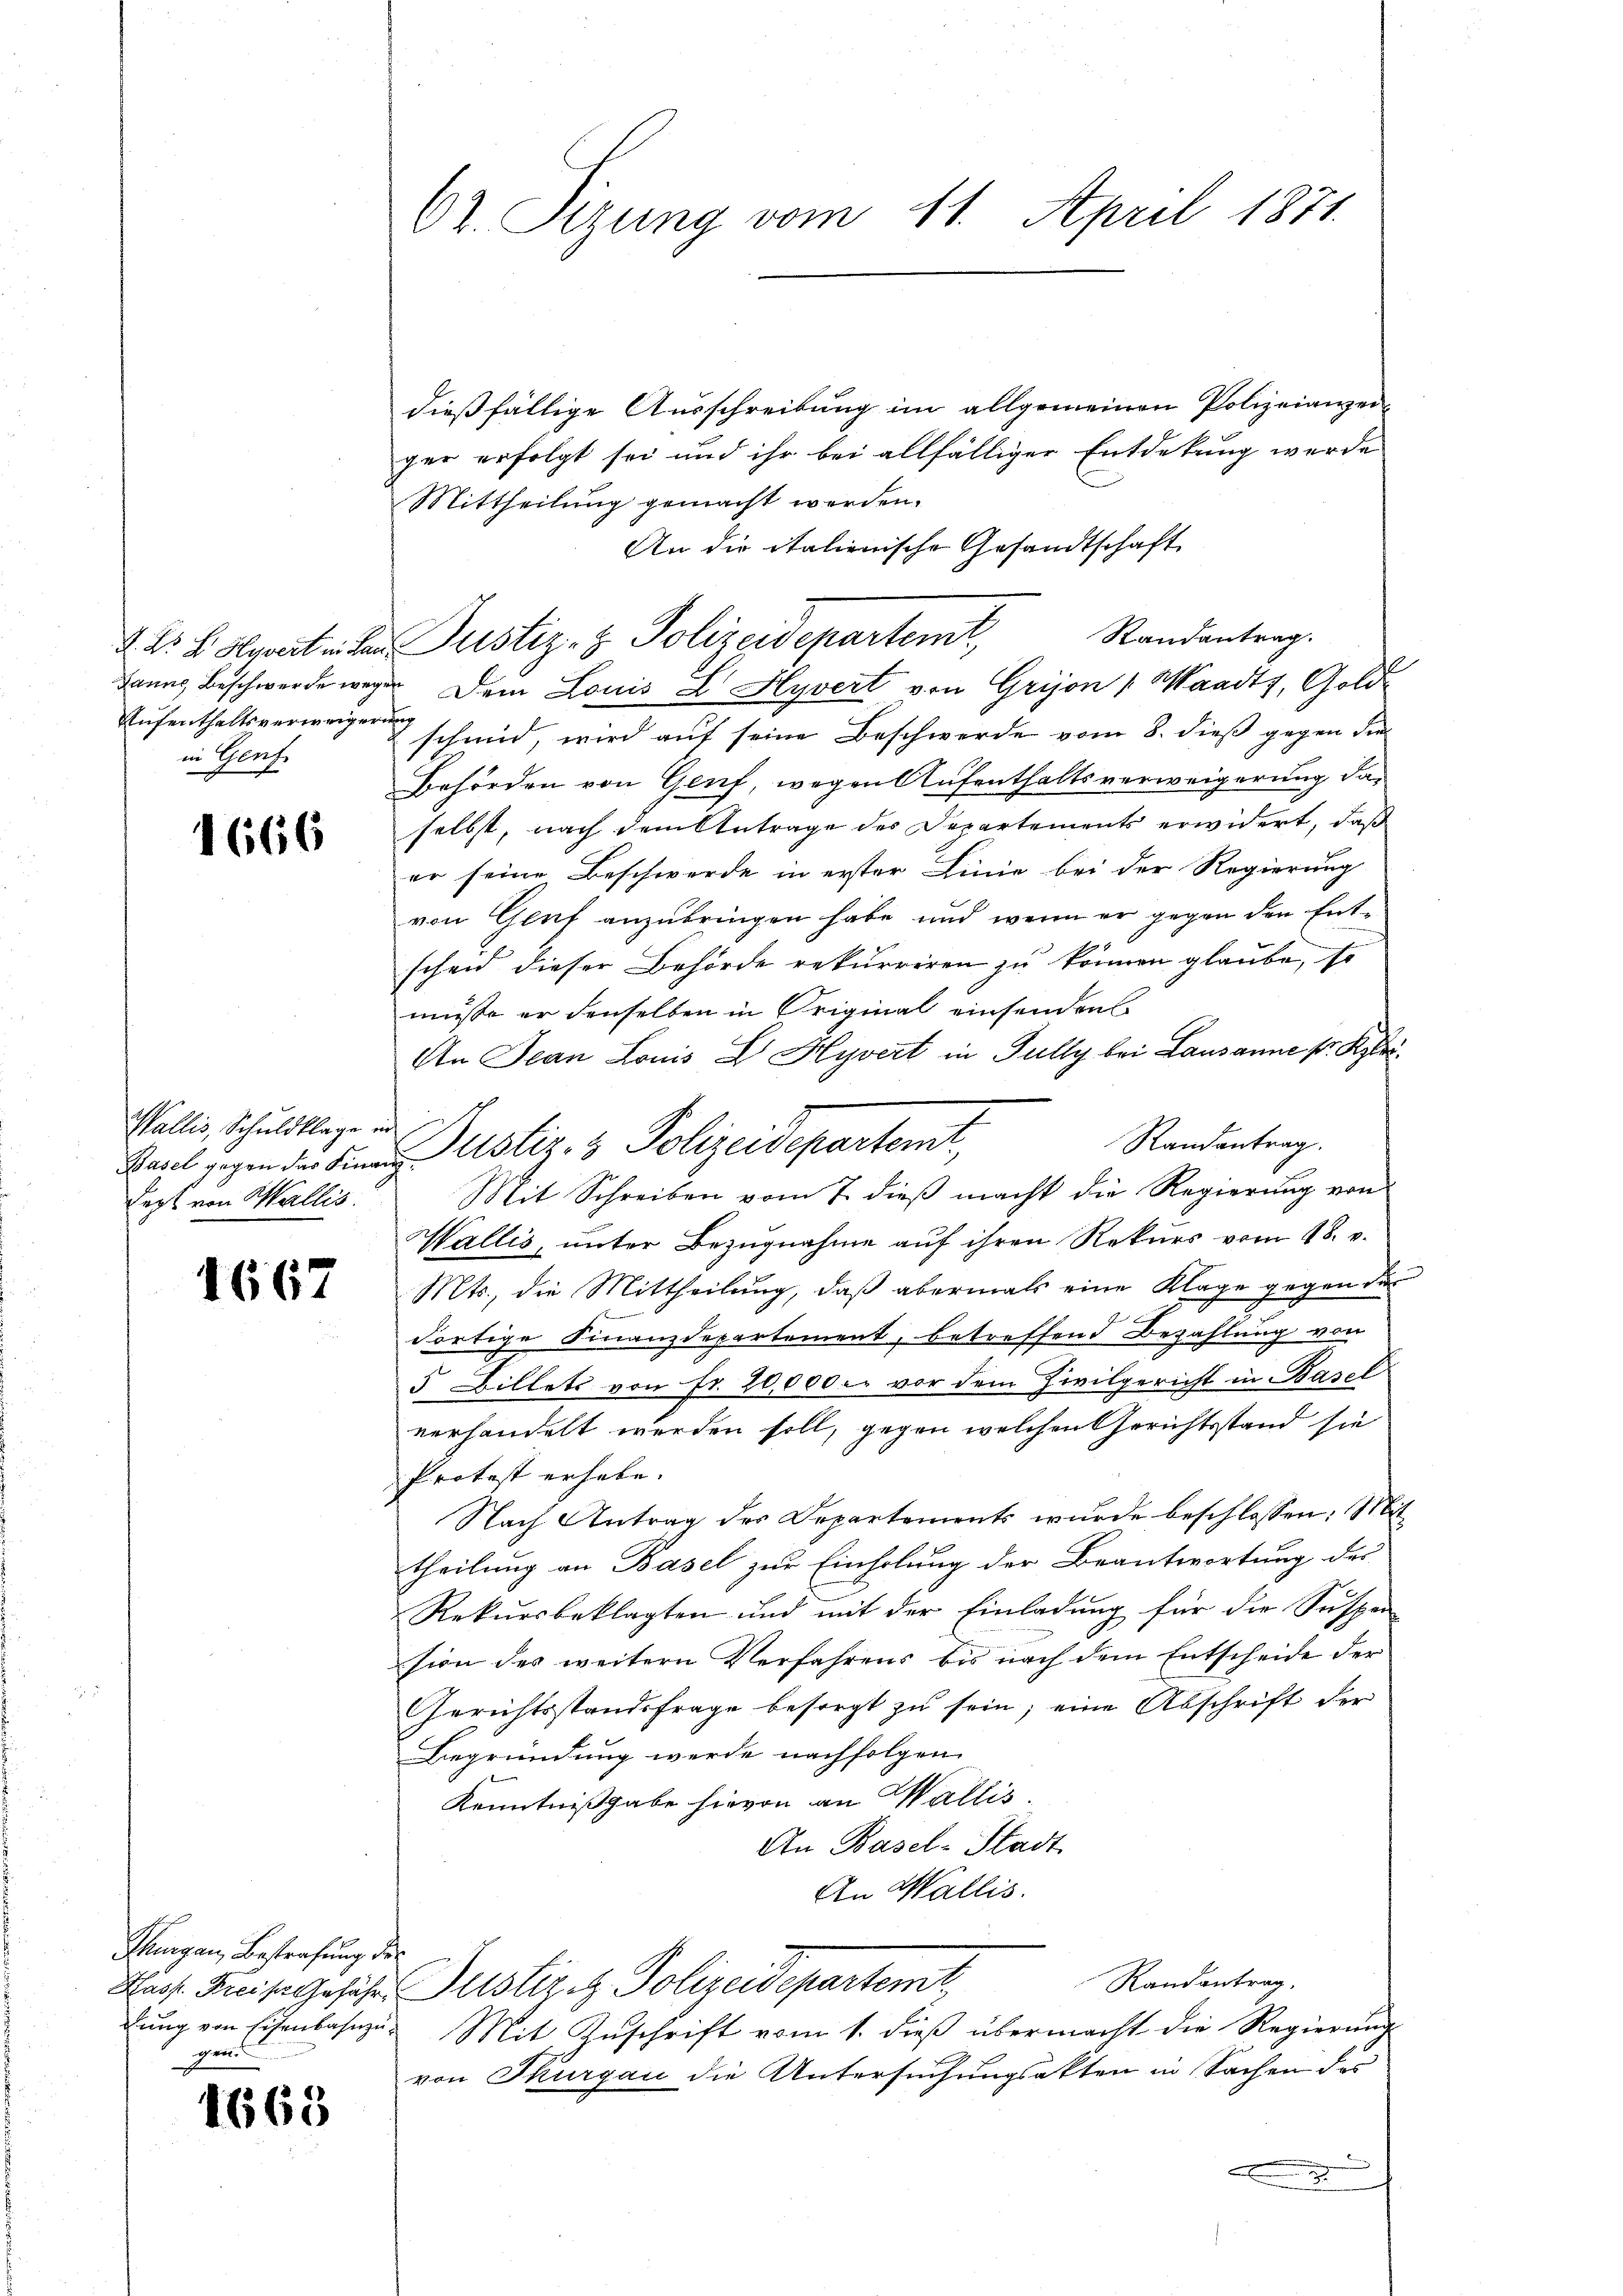
Aufenthaltsverweigerung
in Genf.

1666

Wallis, Schuldklage in
dept von Wallis.

1667

Thurgau, Bestrafung des
gen.

1668

62. Sizung vom 11. April 1871.

dießfällige Ausschreibung im allgemeinen Polizeianzen-
ger erfolgt sei und ihr bei allfälliger Entdekung werde
Mittheilung gemacht werden.
An die italienische Gesandtschaft
kanns Beschwerde wegen Dem Louis L Hyvert von Grijon (Waadt, Gold-
schmid, wird auf seine Beschwerde vom 8. dieß gegen der
Behörden von Genf, wegen Aufenthaltsverweigerung daselbst, nach dem Antrage des Departements erwidert, daß
er seine Beschwerde in erster Linie bei der Regierung
von Genf anzubringen habe und wenn er gegen den Entscheid dieser Behörde rekurriren zu können glaube, so
müsse er denselben in Original einsenden
An Jean Louis L Hyvert in Fully bei Lausanne pr. Klei¬
Randantrag.
Mit Schreiben vom 7. dieβ macht die Regierung von
Wallis, unter Bezugnahme auf ihren Rekurs vom 18. v.
Mts., die Mittheilung, daß abermals eine Klage gegen der
dortige Finanzdepartement, betreffend Bezahlung von
5 Billets von Fr. 20,000 u. vor dem Zivilgericht in Basel
verhandelt werden soll, gegen welchen Gerichtsstand sie
Protest erhabe.
Nach Antrag der Departements wurde beschlossen, Mittheilung an Basel zur Einholung der Beantwortung des
Rekursbeklagten und mit der Einladung für die Suspen
sion des weitern Verfahrens bis nach dem Entscheide der
Gerichtsstandsfrage besorgt zu sein; eine Abschrift der
Begründung werde nachfolgen.
Kenntnißgabe hievon an Wallis.
An Basel-Stadt
An Wallis.
Randantrag.
Pass. Freise gesehe Justiret Polizeidepartemt
dŭng von Eisenbahnzu. Mit Zŭschrift vom 1. dieβ übermacht die Regierŭng
von Thurgau die Untersuchungsakten in Sachen des

§. Dr. L. Stgeteilen Justiz- & Polizeidepartemt, Standentrag.

Basel gegen der Finanzustiz- & Polizeisepartemt,